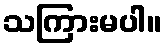
သကြားမပါ။